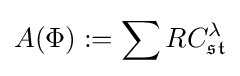
A(\Phi ):=\sum RC_{\mathfrak {st}}^{\lambda }